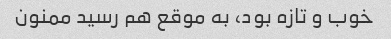
خوب و تازه بود، به موقع هم رسید ممنون